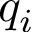
q _ { i }